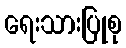
ရေးသားပြုစု